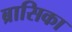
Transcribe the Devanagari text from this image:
ब्रासिका